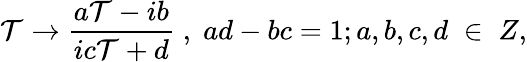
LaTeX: \mathcal{T}\rightarrow\frac{{a\mathcal{T}-ib}}{{ic\mathcal{T}+d}}\; ,\; ad-bc=1;a,b,c,d\; \in\; Z,